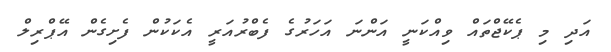
އަދި މި ޕެކޭޖްތައް ވިއްކަނީ އަންނަ އަހަރުގެ ފެބްރުއަރީ އެކަކުން ފެށިގެން އޭޕްރިލް